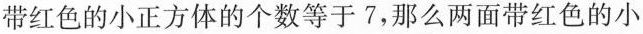
带红色的小正方体的个数等于7，那么两面带红色的小